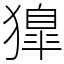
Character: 獋